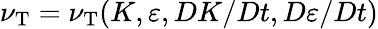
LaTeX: \nu_{\mathrm{{T}}}=\nu_{\mathrm{{T}}}(K,\varepsilon,DK/Dt,D\varepsilon/Dt)